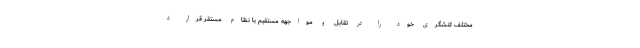
مختلف کنشگری خود را در تقابل و مواجهه مستقیم با نظام مستقر قرار د